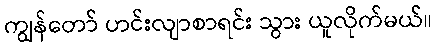
ကျွန်တော် ဟင်းလျာစာရင်း သွား ယူလိုက်မယ်။